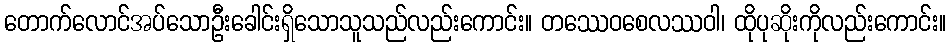
တောက်လောင်အပ်သောဦးခေါင်းရှိသောသူသည်လည်းကောင်း။ တဿေဝစေလဿဝါ၊ ထိုပုဆိုးကိုလည်းကောင်း။